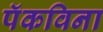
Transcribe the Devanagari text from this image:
पॅकविना